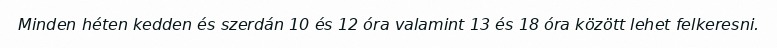
Minden héten kedden és szerdán 10 és 12 óra valamint 13 és 18 óra között lehet felkeresni.